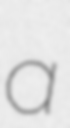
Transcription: a